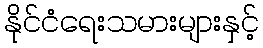
နိုင်ငံရေးသမားများနှင့်